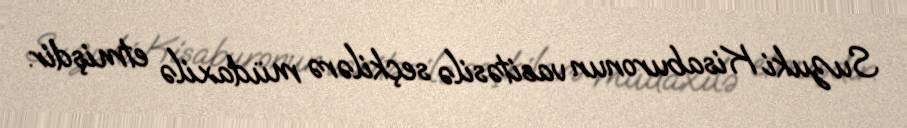
Suzuki Kisaburonun vasitəsilə seçkilərə müdaxilə etmişdir.